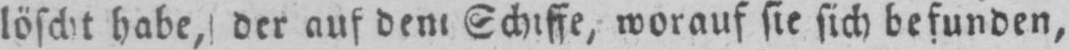
Schiffe, worauf sie sich befunden,